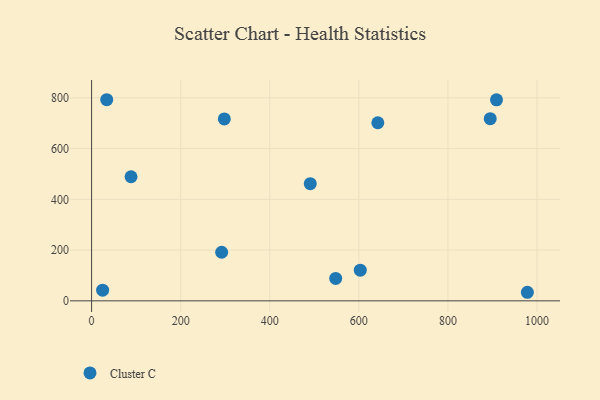
{"axis": {"x": "Investment", "y": "Fuel Efficiency"}, "legend": ["Cluster C"], "data": [{"x": "642.6", "y": 701.9, "type": "Cluster C"}, {"x": "548.0", "y": 88.4, "type": "Cluster C"}, {"x": "24.8", "y": 42.0, "type": "Cluster C"}, {"x": "909.0", "y": 792.2, "type": "Cluster C"}, {"x": "490.9", "y": 461.7, "type": "Cluster C"}, {"x": "894.9", "y": 718.0, "type": "Cluster C"}, {"x": "88.6", "y": 489.0, "type": "Cluster C"}, {"x": "292.0", "y": 191.4, "type": "Cluster C"}, {"x": "298.0", "y": 716.8, "type": "Cluster C"}, {"x": "978.3", "y": 33.7, "type": "Cluster C"}, {"x": "603.2", "y": 120.8, "type": "Cluster C"}, {"x": "34.0", "y": 792.6, "type": "Cluster C"}]}